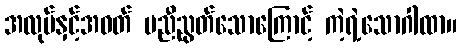
အလုပ်နှင့်အဝတ် မညီညွတ်သောကြောင့် ကဲ့ရဲ့သောဂါထာ။